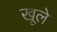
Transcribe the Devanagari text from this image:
खूले